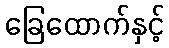
ခြေထောက်နှင့်